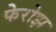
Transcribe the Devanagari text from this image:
फेरोझ